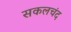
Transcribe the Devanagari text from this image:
सकलचंद